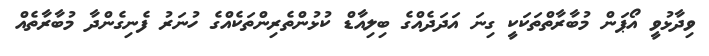
ވިދާޅުވީ އޯޕަން މުބާރާތްތަކަކީ ގިނަ އަދަދެއްގެ ބިލިއާޑް ކުޅުންތެރިންތަކެއްގެ ހުނަރު ފެނިގެންދާ މުބާރާތެއް